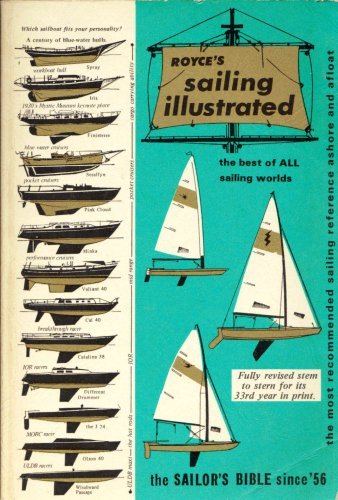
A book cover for Royce's Sailing Illustrated; Patrick M. Royce; Arts & Photography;